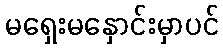
မရှေးမနှောင်းမှာပင်